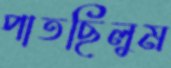
পাতছিলুম